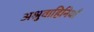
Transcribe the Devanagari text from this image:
अश्रुवाहिनियाँ